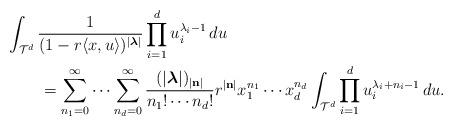
LaTeX: \begin{align*} &\int_{\mathcal{T}^d} \frac{1}{(1-r\langle x,u \rangle)^{|\boldsymbol{\lambda}|}} \prod_{i=1}^d u_i^{\lambda_i-1}\, du \\ & \qquad = \sum_{n_1=0}^\infty \cdots \sum_{n_d=0}^\infty \frac{(|\boldsymbol{\lambda}|)_{|\mathbf{n}|}}{n_1!\cdots n_d!} r^{|\mathbf{n}|} x_1^{n_1}\cdots x_d^{n_d} \int_{\mathcal{T}^d} \prod_{i=1}^d u_i^{\lambda_i+n_i-1}\, du . \end{align*}